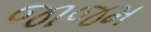
જાજમ